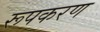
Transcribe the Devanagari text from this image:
रूपकरण